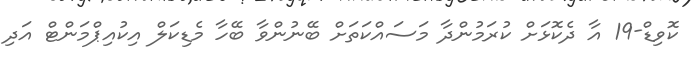
ކޮވިޑް-19 އާ ދެކޮޅަށް ކުރަމުންދާ މަސައްކަތަށް ބޭނުންވާ ބޭހާ މެޑިކަލް އިކުއިޕްމަންޓް އަދި